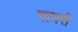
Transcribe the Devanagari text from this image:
गायरी